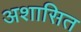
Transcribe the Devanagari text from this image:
अशासित